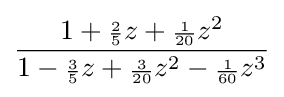
{\frac {1+{\scriptstyle {\frac {2}{5}}}z+{\scriptstyle {\frac {1}{20}}}z^{2}}{1-{\scriptstyle {\frac {3}{5}}}z+{\scriptstyle {\frac {3}{20}}}z^{2}-{\scriptstyle {\frac {1}{60}}}z^{3}}}